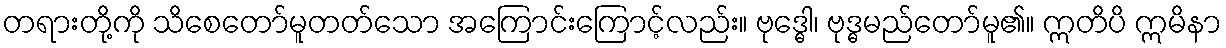
တရားတို့ကို သိစေတော်မူတတ်သော အကြောင်းကြောင့်လည်း။ ဗုဒ္ဓေါ၊ ဗုဒ္ဓမည်တော်မူ၏။ ဣတိပိ ဣမိနာ